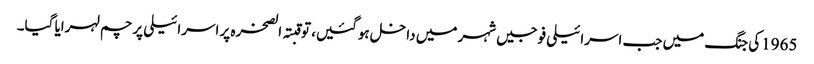
1965کی جنگ میں جب اسرائیلی فوجیں شہر میں داخل ہوگئیں، تو قبتہ الصخرہ پر اسرائیلی پرچم لہرایا گیا۔